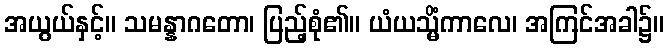
အယွယ်နှင့်။ သမန္နာဂတော၊ ပြည့်စုံ၏။ ယံယသ္မိံကာလေ၊ အကြင်အခါ၌။